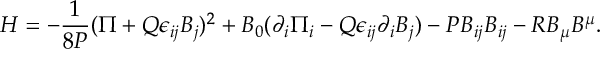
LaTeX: { \cal H } = - { \frac { 1 } { 8 P } } ( \Pi + Q \epsilon _ { i j } B _ { j } ) ^ { 2 } + B _ { 0 } ( \partial _ { i } \Pi _ { i } - Q \epsilon _ { i j } \partial _ { i } B _ { j } ) - P B _ { i j } B _ { i j } - R B _ { \mu } B ^ { \mu } .